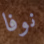
نوفا